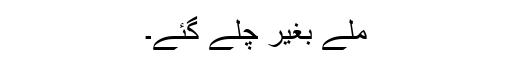
ملے بغیر چلے گئے۔